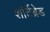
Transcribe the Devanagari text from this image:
शॉर्टब्रेड